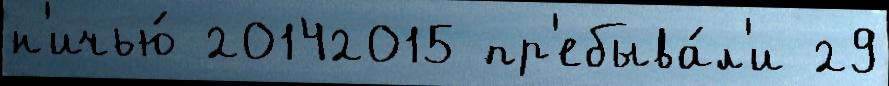
н'ичью́ 20142015 пр'ебыва́л'и 29